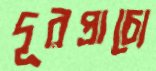
দূরপ্রাচ্যে